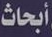
أبحاث